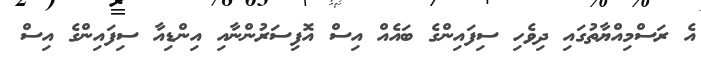
އެ ރަސްމިއްޔާތުގައި ދިވެހި ސިފައިންގެ ބައެއް އިސް އޮފިސަރުންނާއި އިންޑިއާ ސިފައިންގެ އިސް